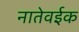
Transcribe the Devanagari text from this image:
नातेवईक